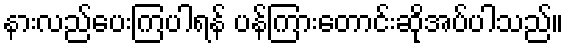
နားလည်ပေးကြပါရန် ပန်ကြားတောင်းဆိုအပ်ပါသည်။